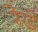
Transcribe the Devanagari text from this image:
रेखे